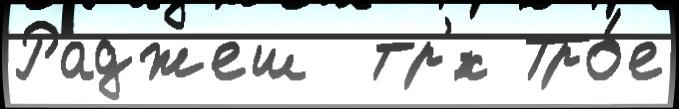
Раджеш  тр'́х Тро́е